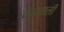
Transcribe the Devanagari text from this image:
याखाली